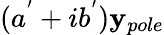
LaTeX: (a^{'}+ib^{'})\mathbf{y}_{pole}